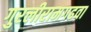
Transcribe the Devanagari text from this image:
गुरलीरामगढवा